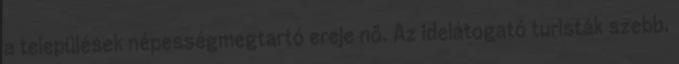
a települések népességmegtartó ereje nő. Az idelátogató turisták szebb,